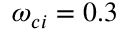
\omega _ { c i } = 0 . 3